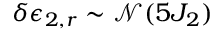
\delta \epsilon _ { 2 , r } \sim \mathcal { N } ( 5 J _ { 2 } )